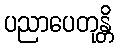
ပညာပေတုန္တိ